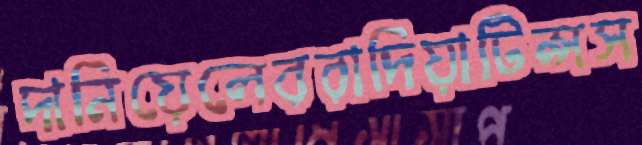
দানিয়েলেররাদিয়াটিপ্সস